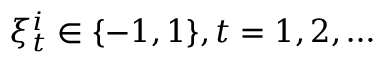
\xi _ { t } ^ { i } \in \{ - 1 , 1 \} , t = 1 , 2 , \ldots